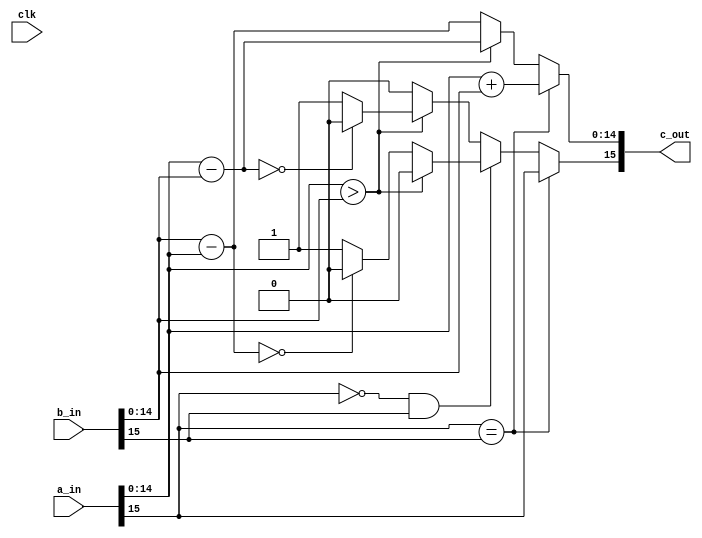
`timescale 1ns / 1ps
module fp_add #(
    parameter Q = 6,
    parameter N = 16
    )(
    input clk,
    input  [N-1:0] a_in,
    input  [N-1:0] b_in,
    output [N-1:0] c_out
    );
    
    wire s1,s2; // input signs
    wire [N-2:0] a,b; // integer parts
    reg res_sign;
    reg [N-2:0] res;
    
    // (Q,N) = (12,16) => 1 sign + 3 integer + 12 fractonal = 16 total bits
    //                    |S|III|FFFFFFFFFFFF|
    // The same thing in A(I,F) format would be A(3,12)
    
    // Since we supply every negative number in it's 2'compliment form by default, all we
    // need to do is add these two numbers together (note that to subtract a binary number 
    //is the same as to add its 2's complement

    // Parse Numbers
    assign s1 = a_in[N-1];
    assign  a = a_in[N-2:0];
    assign s2 = b_in[N-1];
    assign  b = b_in[N-2:0];
    
    //assign c = res;
    
    always@(*) begin
        // Case 1: Both negative or both Positive
        if (s1 == s2) begin  
            res = a + b; // Add absolute magnitude 
            res_sign = s1;              //Both input has same sign
        end 
        // Case 2: One of them is Negative (a = +ve, b = -ve)
        else if(s1== 0 && s2 == 1) begin // Subtrcat a - b
            if(a > b) begin        // a > b
                res = a - b; // Subtract b from a
                res_sign = 0;                
            end
            else begin
                res = b - a; // Subtract a from b to avoid 2' complement answer
                if(res==0)
                    res_sign = 0;  // Dont' like -ve 0
                else
                    res_sign = 1;  // manually set sign to -ve 
            end          
        end
        // Case 3: (a = -ve, b = +ve)
        else begin
             if(a > b) begin        // a > b
                res = a - b; // Subtract b from a to avoid 2' complement answer
                if(res==0)
                    res_sign = 0;  // Dont' like -ve 0
                else
                    res_sign = 1;  // manually set sign to -ve             
            end
            else begin
                res = b - a; // Subtract a from b
                res_sign = 0; // manually set sign to +ve 
            end
        end
    end
    
    assign c_out = {res_sign,res};
    
endmodule